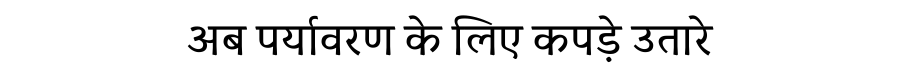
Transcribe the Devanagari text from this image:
अब पर्यावरण के लिए कपड़े उतारे